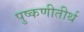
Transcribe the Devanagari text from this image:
पुष्कणीतीर्थ